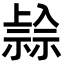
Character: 𥛓